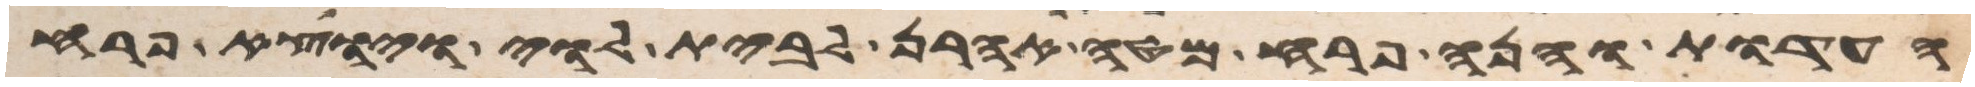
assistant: העדות והנה פרח מטה אהרן לבית לוי ויוצא פרח